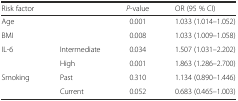
<table><thead><tr><td><b>Risk factor</b></td><td>[EMPTY_CELL]</td><td><b><i>P</i>-value</b></td><td><b>OR (95 % CI)</b></td></tr></thead><tbody><tr><td>Age</td><td>[EMPTY_CELL]</td><td>0.001</td><td>1.033 (1.014–1.052)</td></tr><tr><td>BMI</td><td>[EMPTY_CELL]</td><td>0.008</td><td>1.033 (1.009–1.058)</td></tr><tr><td rowspan="2">IL-6</td><td>Intermediate</td><td>0.034</td><td>1.507 (1.031–2.202)</td></tr><tr><td>High</td><td>0.001</td><td>1.863 (1.286–2.700)</td></tr><tr><td rowspan="2">Smoking</td><td>Past</td><td>0.310</td><td>1.134 (0.890–1.446)</td></tr><tr><td>Current</td><td>0.052</td><td>0.683 (0.465–1.003)</td></tr></tbody></table>